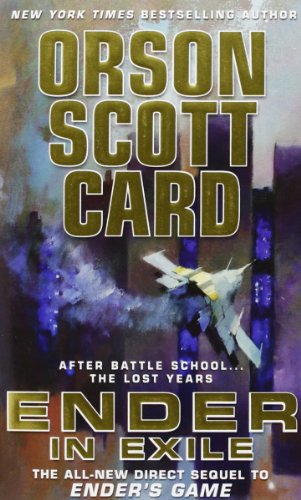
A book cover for Ender in Exile (The Ender Quintet); Orson Scott Card; Science Fiction & Fantasy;